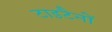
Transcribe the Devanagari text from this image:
टाइटैनों